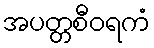
အပတ္တစီဝရကံ